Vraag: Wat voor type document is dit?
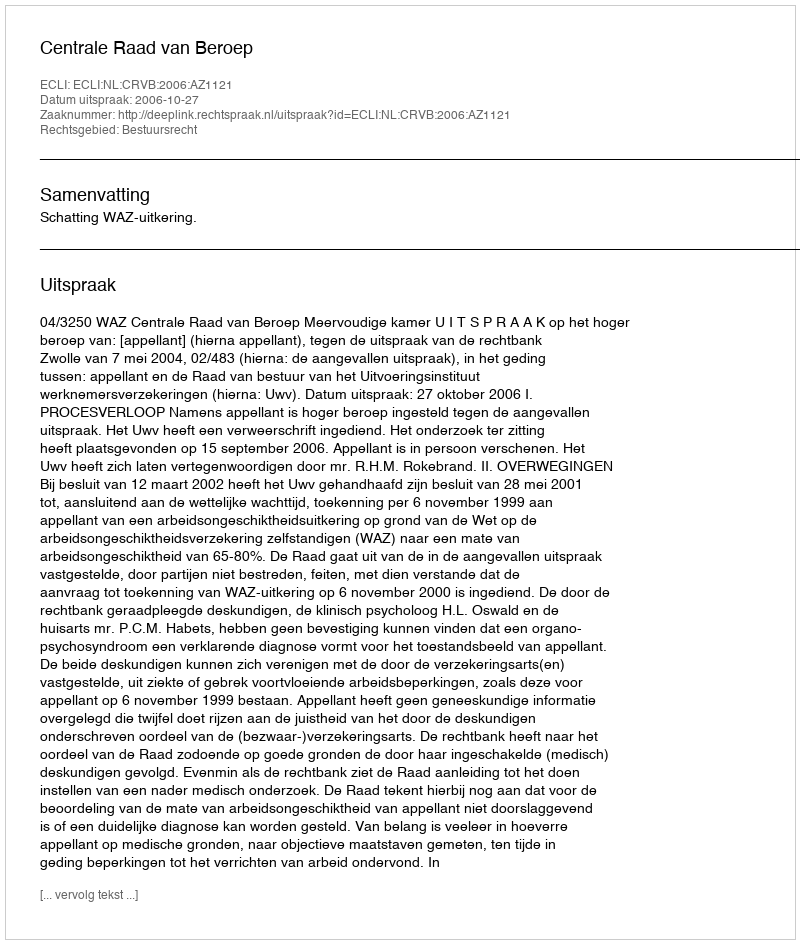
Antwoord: Uitspraak